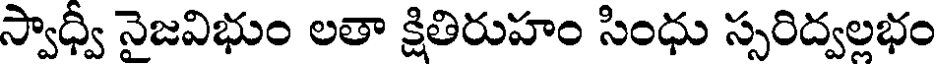
స్వాధ్వీ నైజవిభుం లతా క్షితిరుహం సింధు స్సరిద్వల్లభం